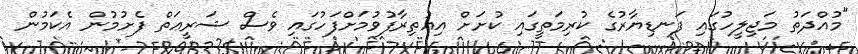
"މުއްދަތު މަޖިލީހުގައި ފަނޑިޔާރުގެ ކުރިމަތީގައި ކުށަށް އިޢުތިރާފުވުމަށްފަހުގައި ވެސް ޝަރީޢަތް ފެށުމުން އެކަމުން